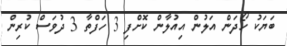
ބަޔަކު ހޯދަން އަލުން އިއުލާން ކޮށްފި 3 ހަފްތާ 3 ދުވަސް ކުރިން